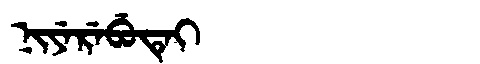
Manchu: ᠨᡳᠶᡝᡵᡝᠪᡠᡨᡝᡳ
Romanization: NIYEREBUTEI